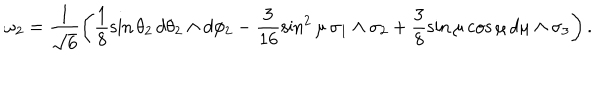
LaTeX: \omega _ { 2 } = \frac { 1 } { \sqrt { 6 } } \left( \frac { 1 } { 8 } \sin { \theta _ { 2 } } \, d \theta _ { 2 } \wedge d \phi _ { 2 } - \frac { 3 } { 1 6 } \sin ^ { 2 } { \mu } \, \sigma _ { 1 } \wedge \sigma _ { 2 } + \frac { 3 } { 8 } \sin { \mu } \cos \mu \, d \mu \wedge \sigma _ { 3 } \right) .